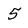
Character: 5